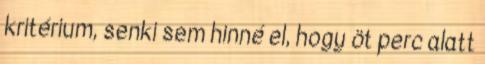
kritérium, senki sem hinné el, hogy öt perc alatt